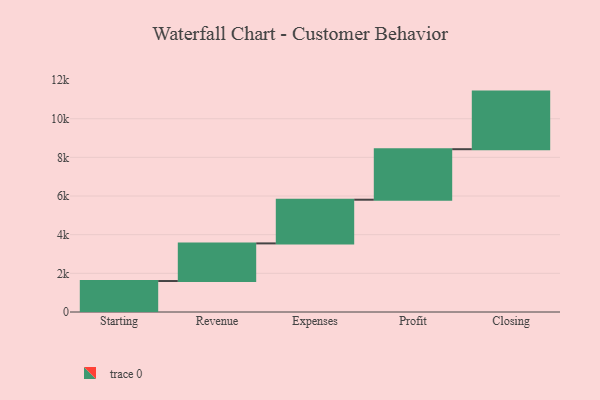
{"axis": {"x": "Step", "y": "Value"}, "legend": [""], "data": [{"x": "Starting", "y": 1602.0, "type": ""}, {"x": "Revenue", "y": 1947.0, "type": ""}, {"x": "Expenses", "y": 2260.0, "type": ""}, {"x": "Profit", "y": 2613.0, "type": ""}, {"x": "Closing", "y": 2980.0, "type": ""}]}